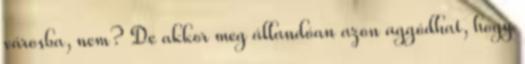
városba, nem? De akkor meg állandóan azon aggódhat, hogy